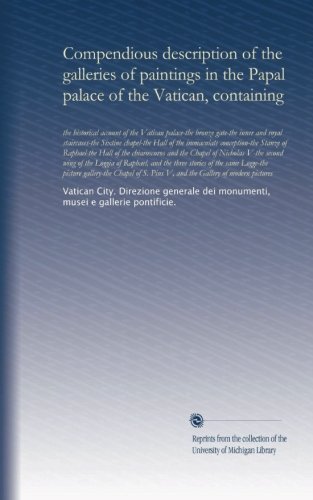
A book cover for Compendious description of the galleries of paintings in the Papal palace of the Vatican, containing: the historical account of the Vatican palace-the ... Chapel of Nicholas V-the second wing of...; musei e gallerie pontificie., . Vatican City. Direzione generale dei monumenti; Travel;